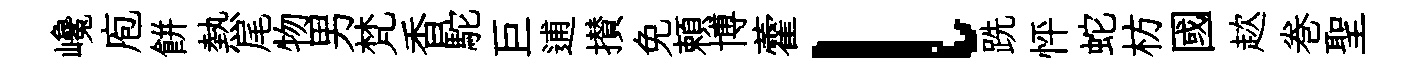
巉庖餅熱尾物男梵香駝巨逋攅免頼博藿l跣怦蛇枋國趑巻聖